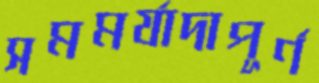
সমমর্যাদাপূর্ণ